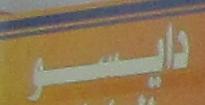
دايسو